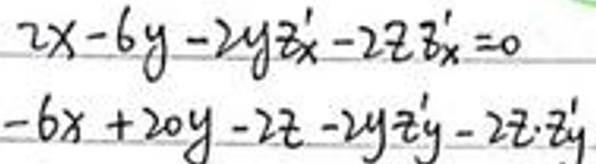
\begin{align*}
2x - 6y - 2yz'_x - 2zz'_x&=0\\
-6x + 20y - 2z - 2yz'_y - 2zz'_y&=0
\end{align*}